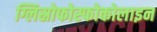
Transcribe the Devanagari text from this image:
ग्लिस्रोफोस्फोकोलाइन